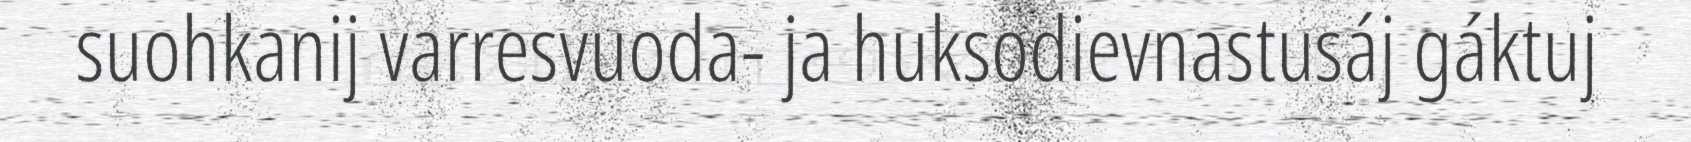
suohkanij varresvuoda- ja huksodievnastusáj gáktuj